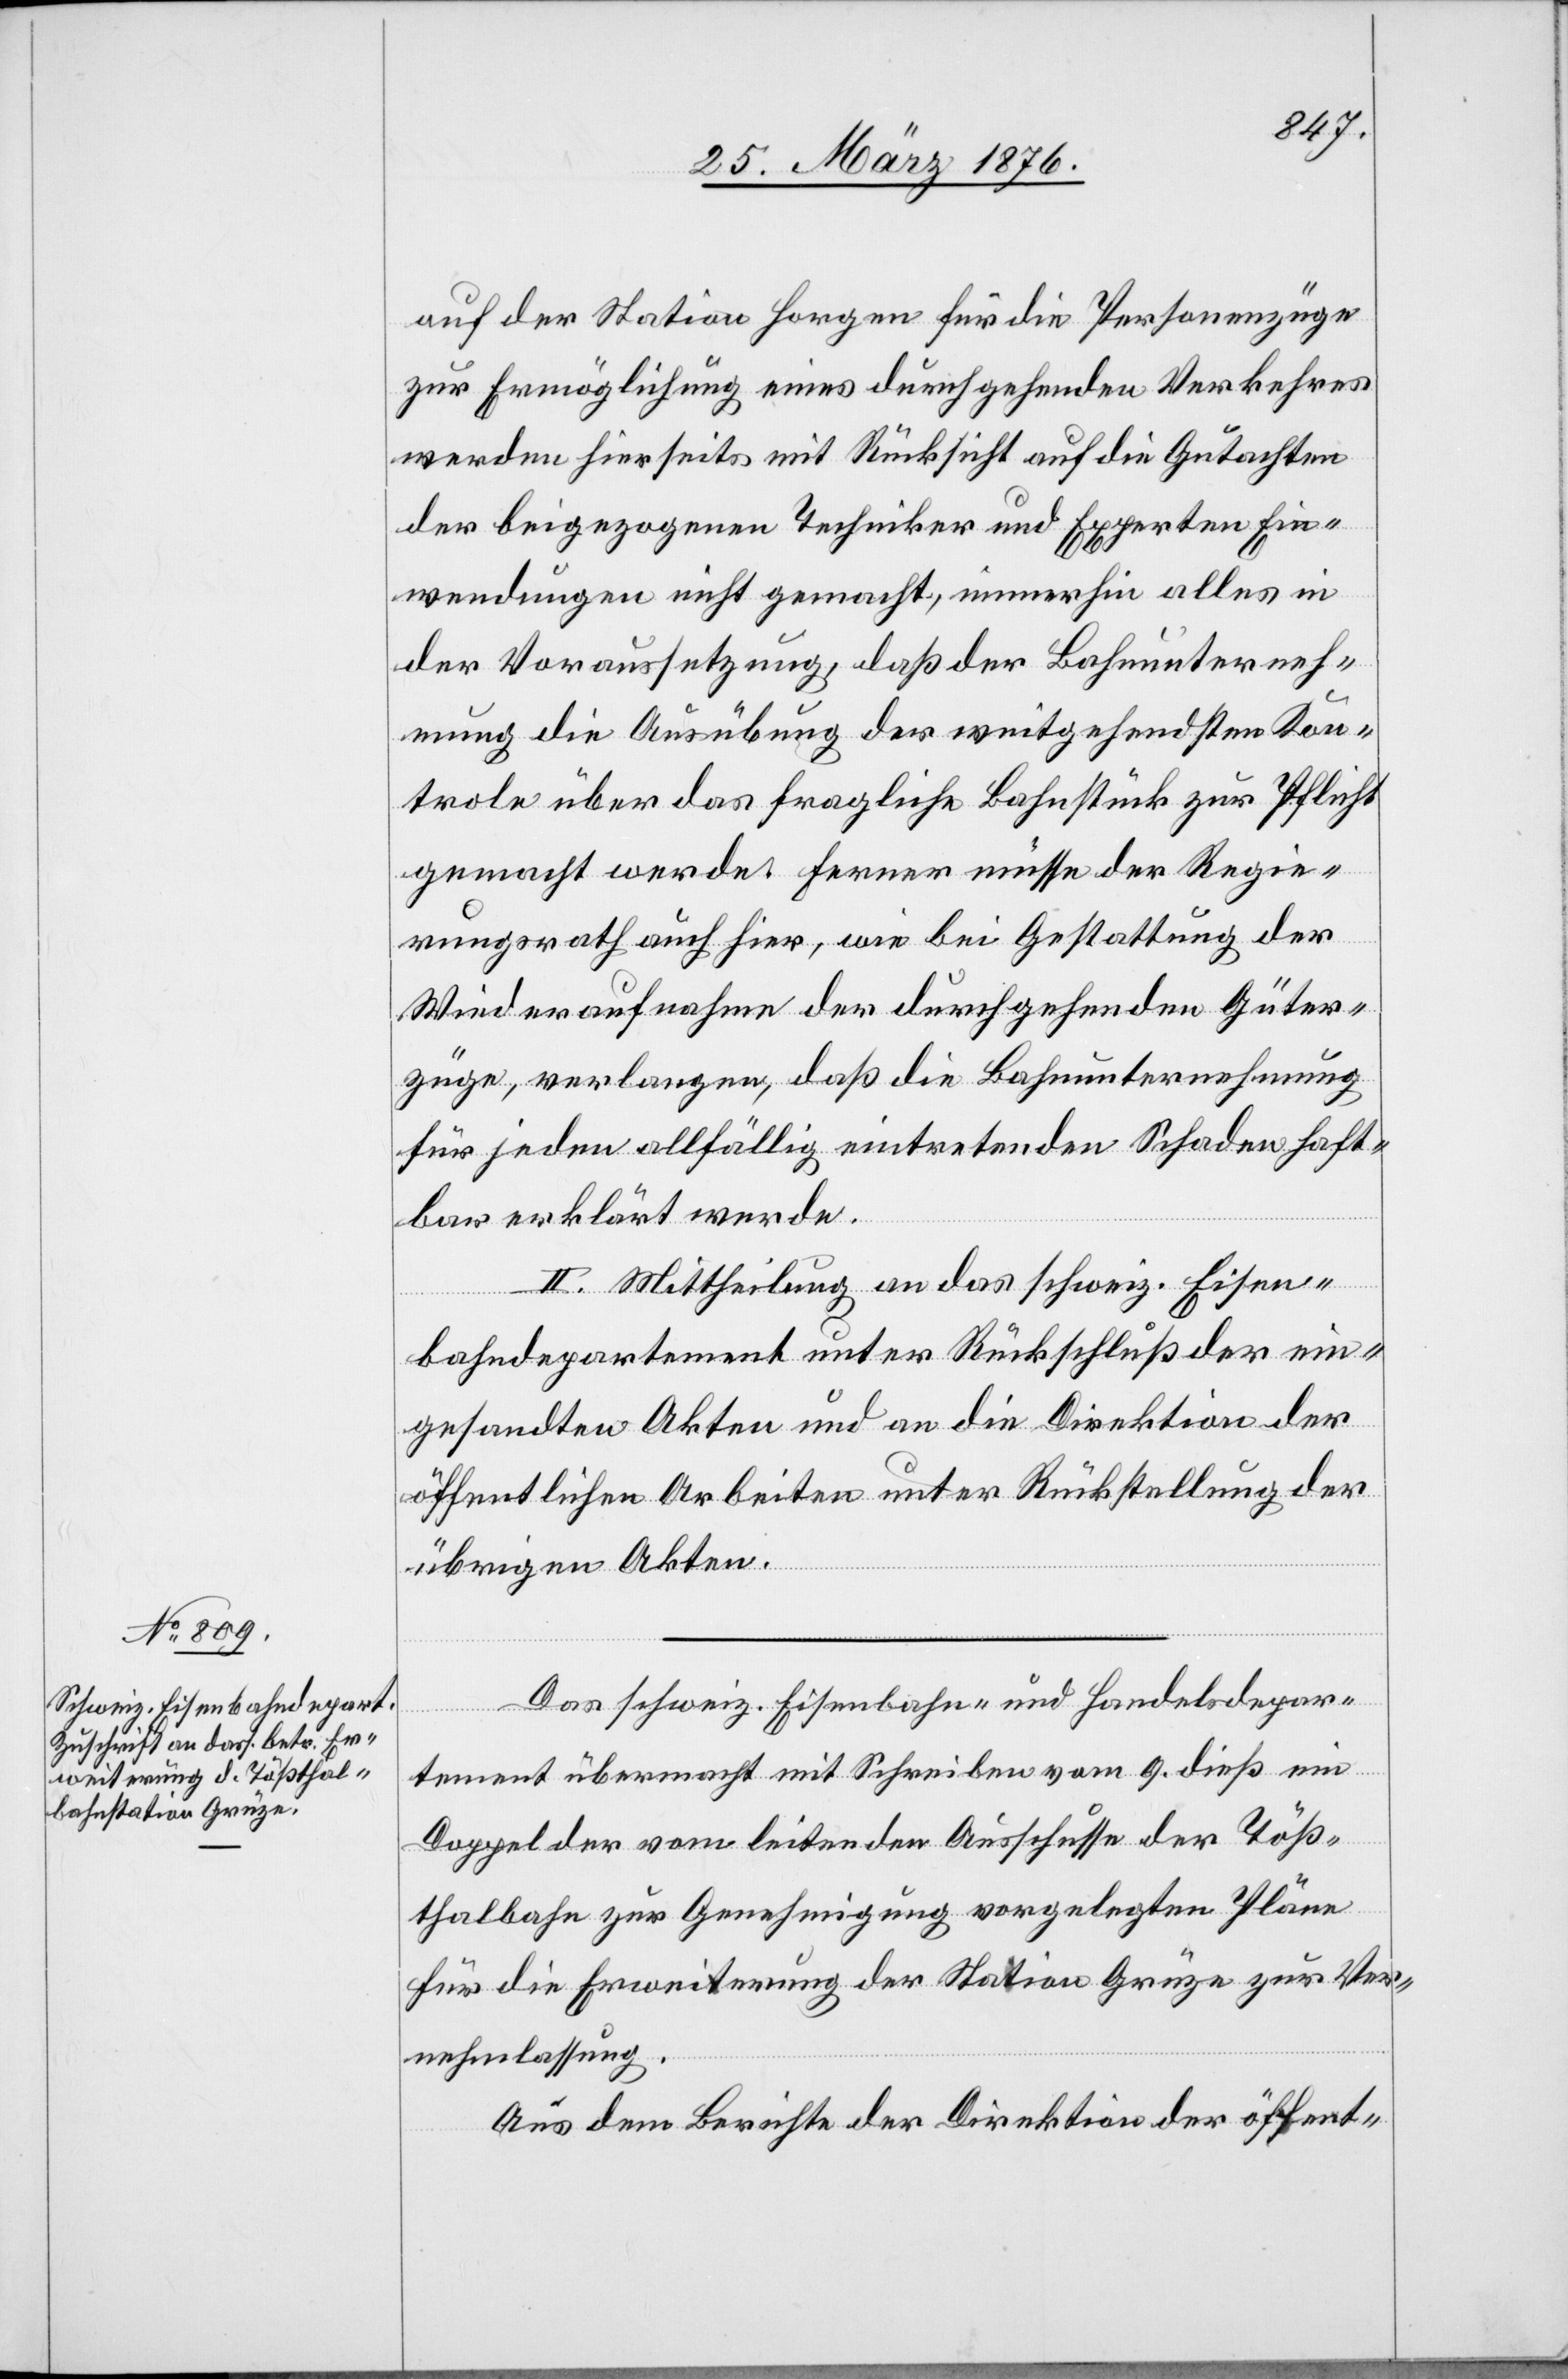
auf der Station Horgen für die Personenzüge
zur Ermöglichung eines durchgehenden Verkehres
werden hierseits mit Rücksicht auf die Gutachten
der beigezogenen Techniker und Experten Ein¬
wendungen nicht gemacht, immerhin alles in
der Voraussetzung, daß der Bahnunterneh¬
mung die Ausübung der weitgehendsten Kon¬
trolle über das fragliche Bahnstück zur Pflicht
gemacht werde. Ferner müsse der Regie¬
rungsrath auch hier, wie bei Gestattung der
Wiederaufnahme der durchgehenden Güter¬
züge, verlangen, daß die Bahnunternehmung
für jeden allfällig eintretenden Schaden haft¬
bar erklärt werde.
II. Mittheilung an das schweiz. Eisen¬
bahndepartement unter Rückschluß der ein¬
gesandten Akten und an die Direktion der
öffentlichen Arbeiten unter Rückstellung der
übrigen Akten.
Das schweiz. Eisenbahn- und Handelsdepar¬
tement übermacht mit Schreiben vom 9. dieß ein
Doppel der vom leitenden Ausschusse der Töß¬
thalbahn zur Genehmigung vorgelegten Pläne
für die Erweiterung der Station Grüze zur Ver¬
nehmlassung.
Aus dem Berichte der Direktion der öffent-